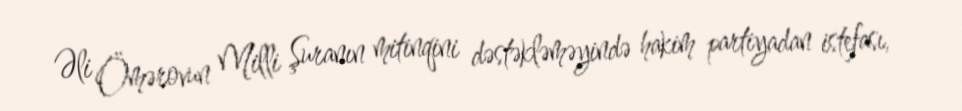
Əli Ömərovun Milli Şuranın mitinqini dəstəkləməyində hakim partiyadan istefası,